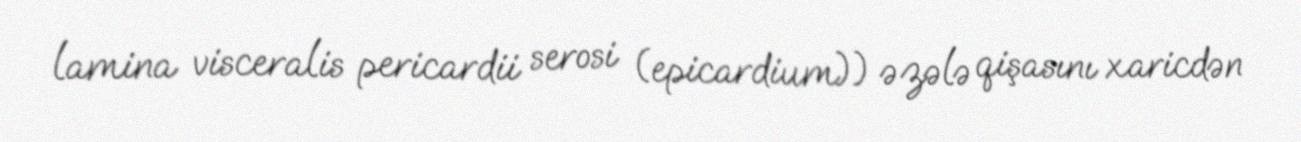
lamina visceralis pericardii serosi (epicardium)) əzələ qişasını xaricdən